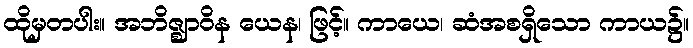
ထိုမှတပါး။ အဘိဇ္ဈာဝိန ယေန၊ ဖြင့်။ ကာယေ၊ ဆံအစရှိသော ကာယ၌။